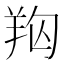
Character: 𦍨